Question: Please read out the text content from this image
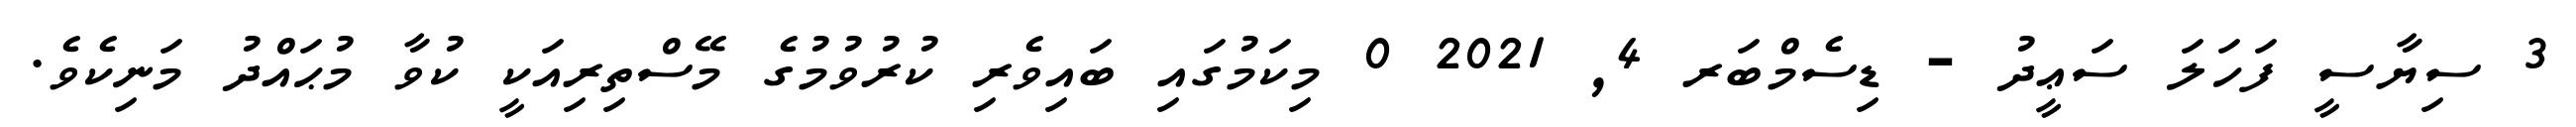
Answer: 3 ސިޔާސީ ފަހަލަ ސަޢީދު - ޑިސެމްބަރ 4, 2021 0 މިކަމުގައި ބައިވެރި ކުރުވުމުގެ މޭސްތިރިއަކީ ކުވާ މުޙައްދު މަނިކެވެ.